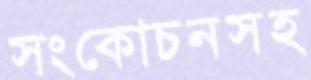
সংকোচনসহ